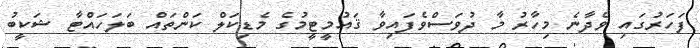
ފަހަރުގައި ވެދާނެ މިހާރު މާ ދުވަސްވެފައިވާ ޤައުމީޓީމުގެ މެޑިކަލް ކަންތައް ބަލަހައްޓާ ޝަކީބު